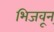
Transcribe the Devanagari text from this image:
भिजवून्